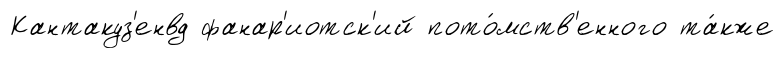
Кантакуз'енвд фанар'иотск'ий пото́мств'енного та́кже